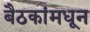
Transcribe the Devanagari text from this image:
बैठकांमधून